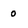
Character: 0